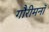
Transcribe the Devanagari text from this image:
गौरीमनॉ